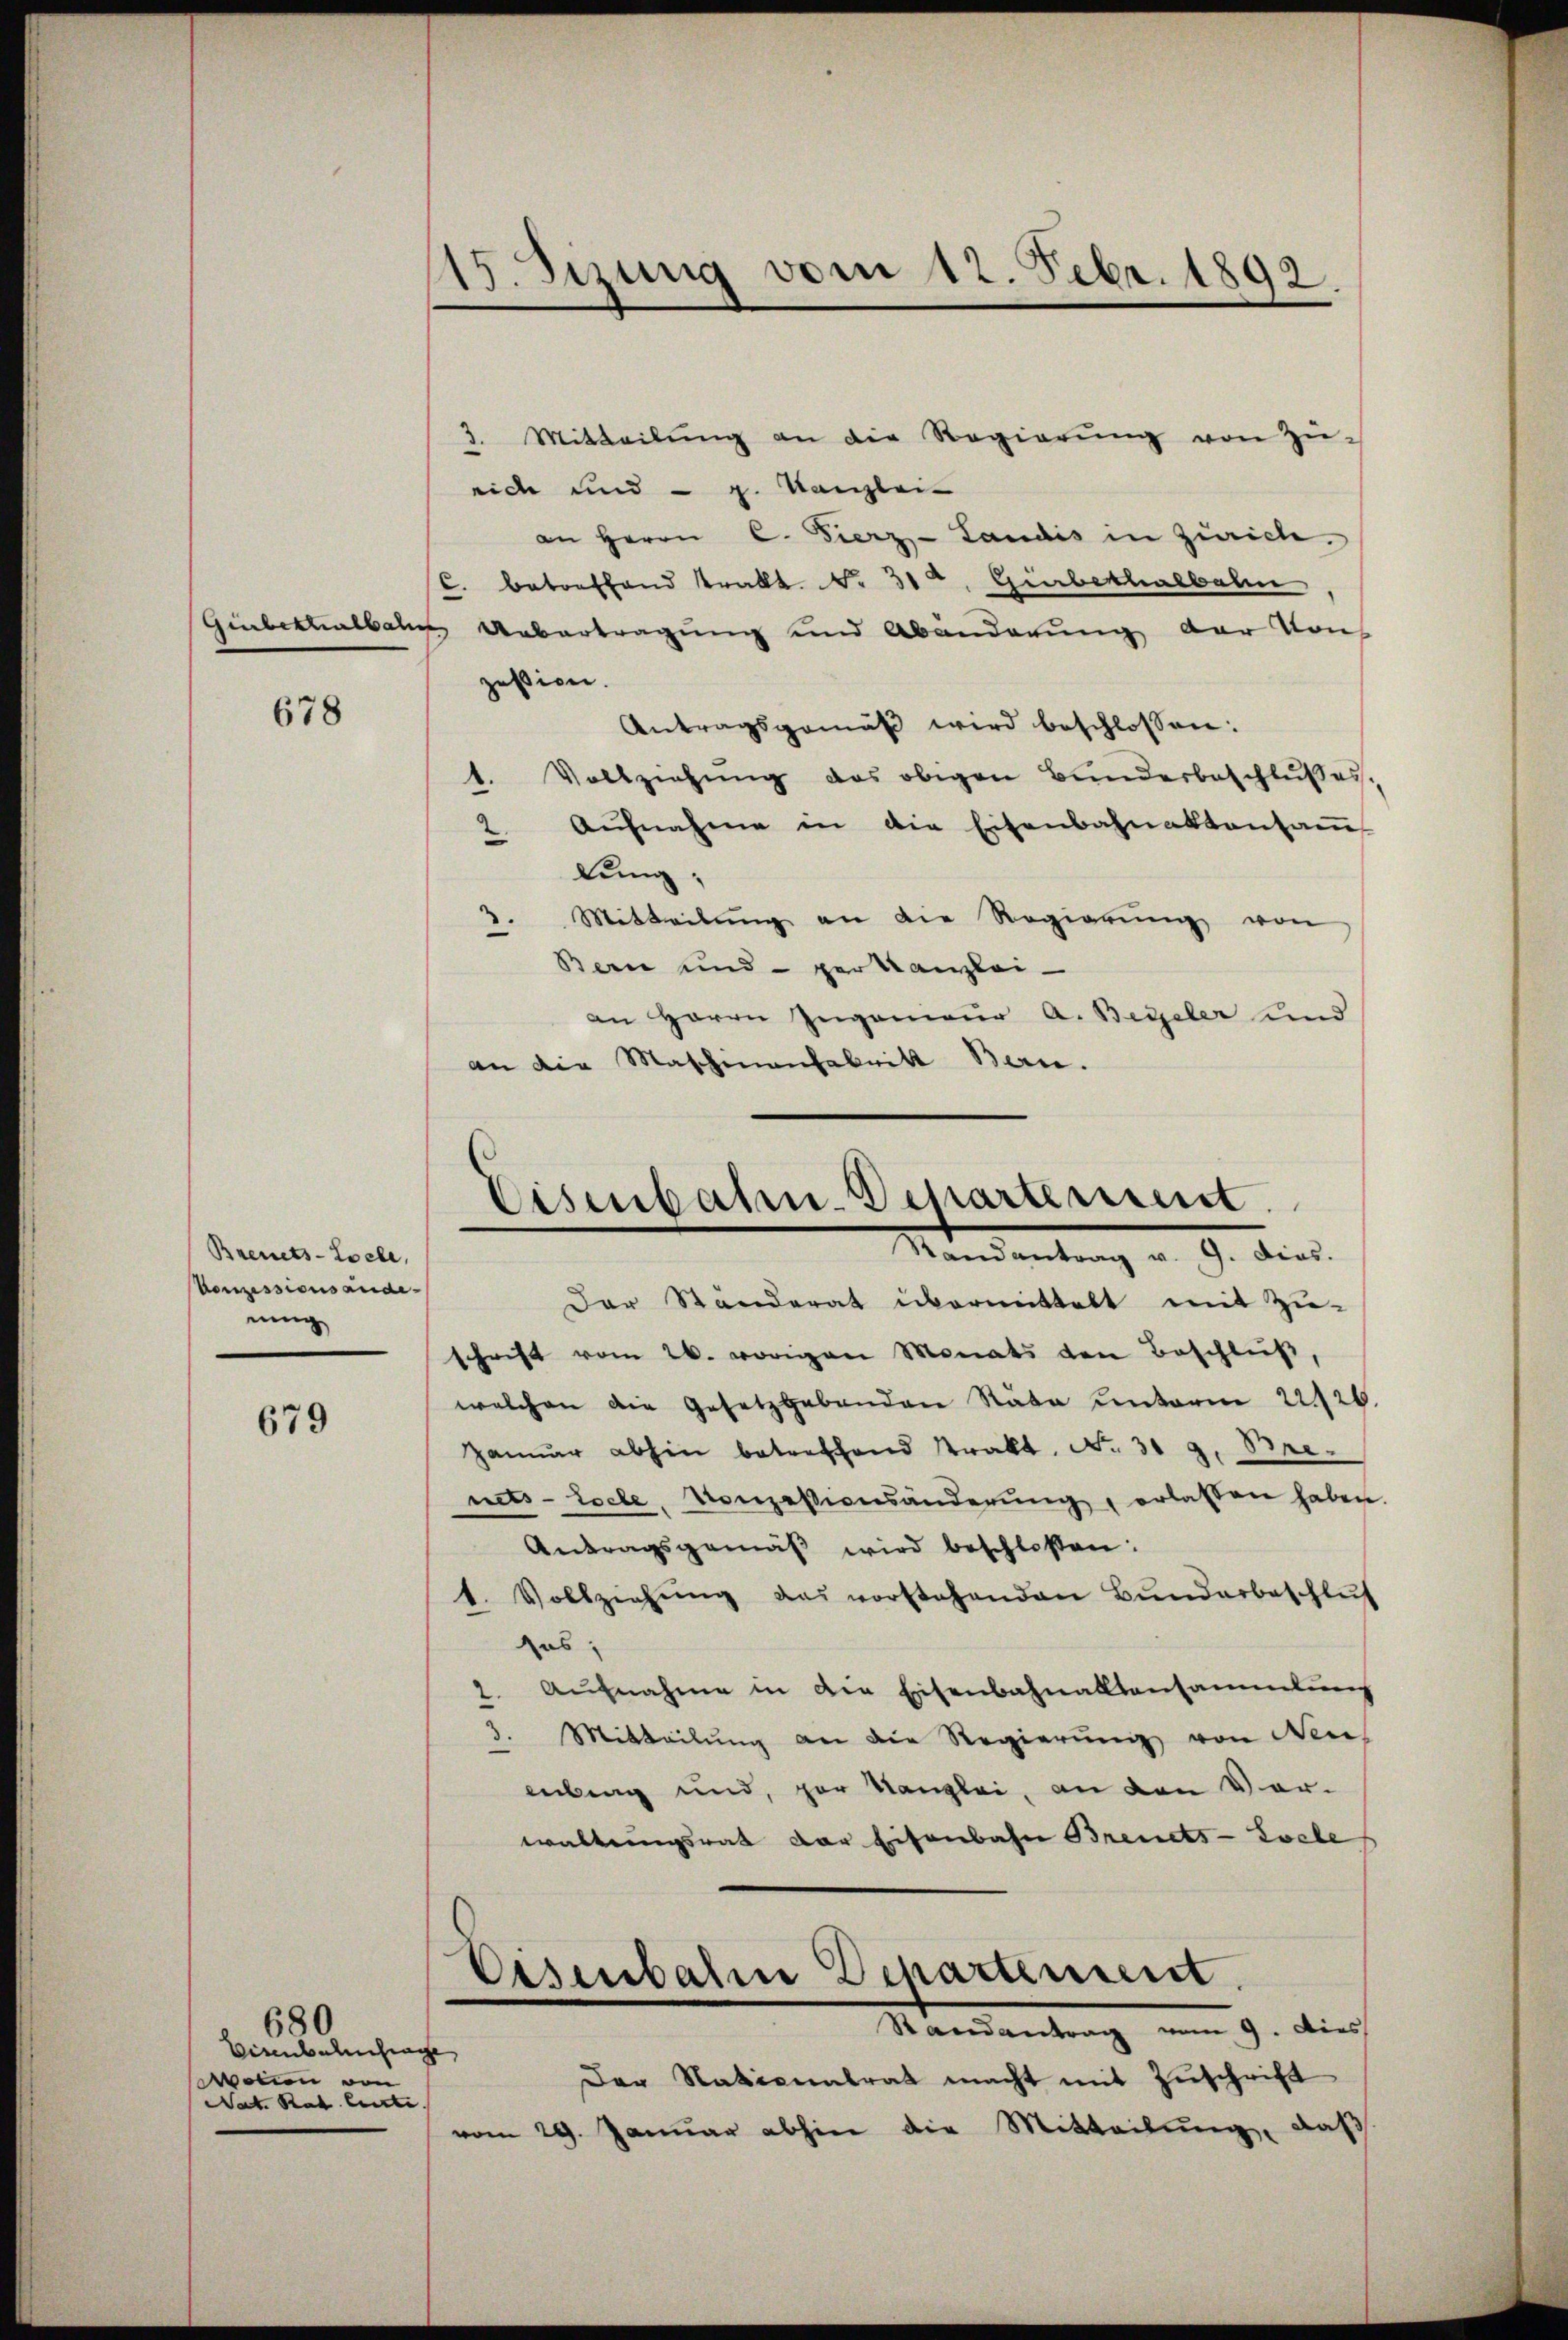
678

Brennets-Zoele,
Conzessions ande
nung

679

680
Birnbahnfrage,
wonnen von
Nat. Rat. Cette. |

15. Sizung vom 12. Febr. 1892.

3. Mitteilŭng an die Regierŭng von Züeich und - g. Kanzlei-
an Herrn C. Fierz- Landis in Zürich.
C. betreffend Prakt. No. 31. Gibekhalbahn
Giubektalbahr Uebertragung und Abänderung der Von
zession.
Antragsgemäß wird beschlossen:
1. Vollziehung des obigen Bunderbeschlußes.
2. Aŭfnahme in die Eisenbahnaktensaṁ
lung,
Mitteilung an die Regierung von
2.
Berne und per kanzlei-
an Herrn Ingenieur a. Beieler und
an die Maschinenfabrik Bern.

Eisenbahn-Departement.
Mandantung v. 9. dies
Der Ständerat übermittelt mit Zu-

schrift vom 26. vorigen Monats den Beschluß,
welchen die Gesetzgebenden Rata unterm 22126.
Januar abhin betreffend Krakt. No. 319. Brenets-Locle, Konzessionsänderŭng erlassen haben.
Antragsgemäβ wird beschlossen:
t. Vollziehŭng das vorstehenden Bŭndarbeschlus
ses;
2. Aufnahme in die Eisenbahnalltansammlung
3. Mitteilung an die Regierung von Neu
enberg und par Kanzlei, an den Vor-
waltungsrat der Eisenbahn Brents-Loche
Eisenbahn Departement.
Randantrag vom 9. Dies
Der Nationalrat macht mit Zuschrift
vom 29. Januar abhin die Mitteilŭng, daß